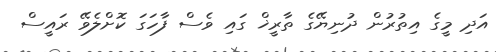
އަދި މީގެ އިތުރުން ދުނިޔޭގެ ތާރީޚް ގައި ވެސް ފާހަގަ ކޮށްލެވޭ ރައީސް